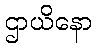
ဌာယိနော